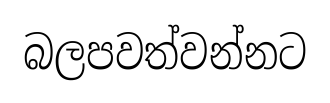
බලපවත්වන්නට